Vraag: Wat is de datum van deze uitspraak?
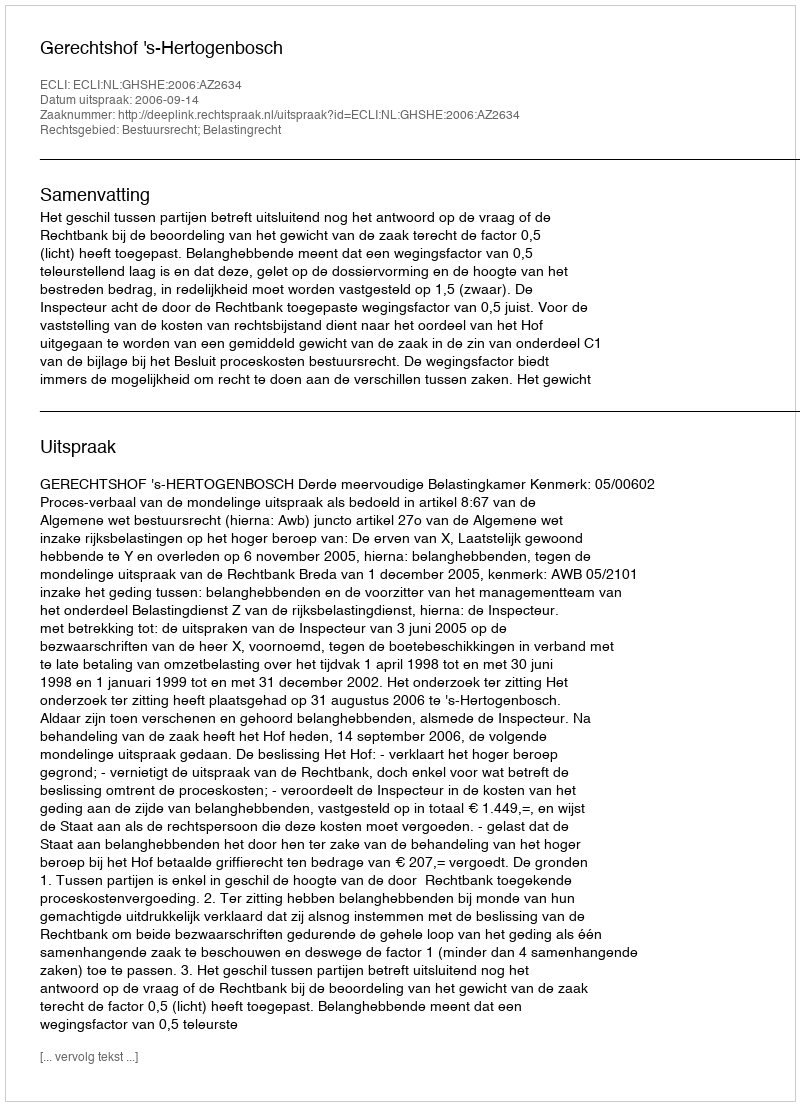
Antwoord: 2006-09-14